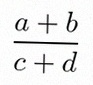
\frac{a+b}{c+d}